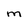
Character: M